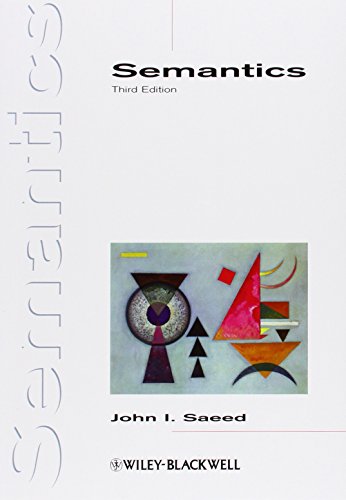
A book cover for Semantics; John I. Saeed; Reference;